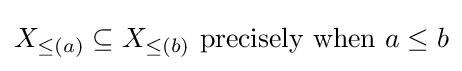
X_{\leq (a)}\subseteq X_{\leq (b)}{\text{ precisely when }}a\leq b